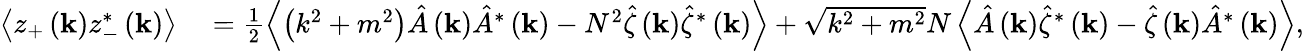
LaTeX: \begin{array}{rl}{\left\langle z_{+}\left(\mathbf{k}\right)z_{-}^{*}\left(\mathbf{k}\right)\right\rangle}&{{}=\frac{1}{2}\left\langle\left(k^{2}+m^{2}\right)\hat{A}\left(\mathbf{k}\right)\hat{A}^{*}\left(\mathbf{k}\right)-N^{2}\hat{\zeta}\left(\mathbf{k}\right)\hat{\zeta}^{*}\left(\mathbf{k}\right)\right\rangle+\sqrt{k^{2}+m^{2}}N\left\langle\hat{A}\left(\mathbf{k}\right)\hat{\zeta}^{*}\left(\mathbf{k}\right)-\hat{\zeta}\left(\mathbf{k}\right)\hat{A}^{*}\left(\mathbf{k}\right)\right\rangle,}\end{array}